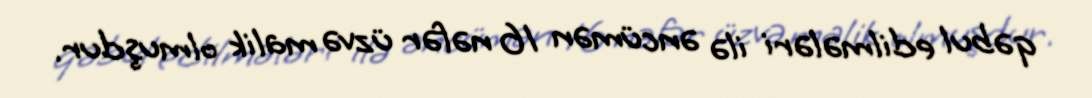
qəbul edilmələri ilə əncümən 16 nəfər üzvə malik olmuşdur.